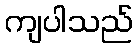
ကျပါသည်